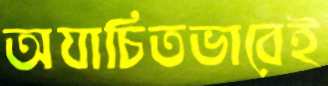
অযাচিতভাবেই